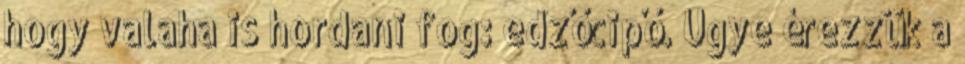
hogy valaha is hordani fog: edzőcipő. Ugye érezzük a